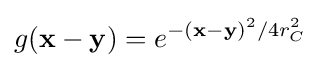
g({\bf {x}}-{\bf {y}})=e^{-{({\bf {x}}-{\bf {y}})^{2}}/{4r_{C}^{2}}}